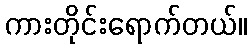
ကားတိုင်းရောက်တယ်။